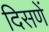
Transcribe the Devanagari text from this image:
दिसणें